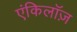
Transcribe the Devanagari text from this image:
एंकिलॉज़